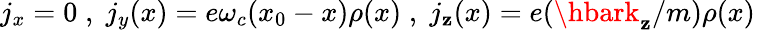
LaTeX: j_{x}=0\; ,\; j_{y}(x)=e\omega_{c}(x_{0}-x)\rho(x)\; ,\; j_{\mathbf{z}}(x)=e(\hbark_{\mathbf{z}}/m)\rho(x)\;